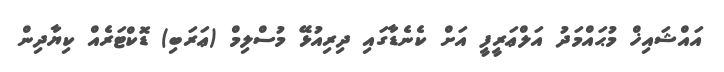
އައްޝައިޚް މުޙައްމަދު އަލްޢަރީފީ އަށް ކެނެޑާގައި ދިރިއުޅޭ މުސްލިމް (ޢަރަބި) ޑޮކްޓަރެއް ކިޔާދިން